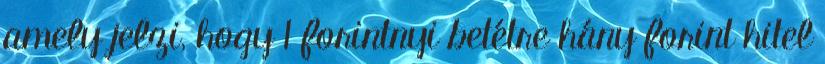
amely jelzi, hogy 1 forintnyi betétre hány forint hitel